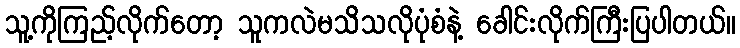
သူ့ကိုကြည့်လိုက်တော့ သူကလဲမသိသလိုပုံစံနဲ့ ခေါင်းလိုက်ကြီးပြပါတယ်။